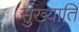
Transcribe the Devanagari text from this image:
सुख्याति